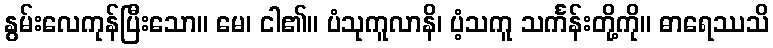
နွမ်းလေကုန်ပြီးသော။ မေ၊ ငါ၏။ ပံသုကူလာနိ၊ ပံ့သကူ သင်္ကန်းတို့ကို။ ဓာရေဿသိ